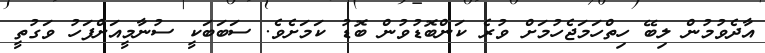
އާދެވުމުން ލިބޭ ހިތްހަމަޖެހުމަށް ވުރެ ކަންބޮޑުވުން ބޮޑު ކަމަށެވެ. ސަބަބަކީ ސުނާމީއަށްފަހު ވަގުތީ